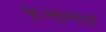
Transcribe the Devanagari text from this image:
है।मुल्ताई